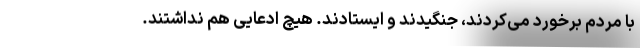
با مردم برخورد می‌کردند، جنگیدند و ایستادند. هیچ ادعایی هم نداشتند.